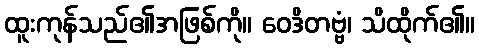
ထူးကုန်သည်၏အဖြစ်ကို။ ဝေဒိတဗ္ဗံ၊ သိထိုက်၏။